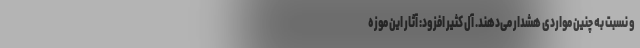
و نسبت به چنین مواردی هشدار می‌دهند. آل کثیر افزود: آثار این موزه